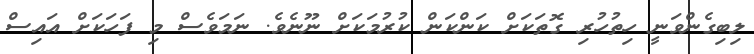
ލިބިގެންވަނީ ހިތުހުރި ގޮތަކަށް ކަންކަން ކުރުމަކަށް ނޫނެވެ. ނަމަވެސް މި ފަހަކަށް އައިސް